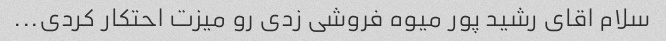
سلام اقای رشید پور میوه فروشی زدی رو میزت احتکار کردی...